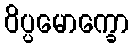
ဝိပ္ပမောက္ခော